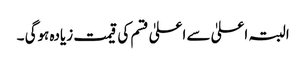
البتہ اعلیٰ سے اعلیٰ قسم کی قیمت زیادہ ہوگی ۔